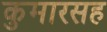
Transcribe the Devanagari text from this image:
कुमारसह